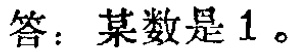
答：某数是\(1\)。